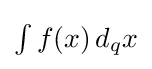
{\textstyle \int f(x)\,d_{q}x}